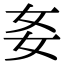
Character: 㚣